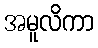
အမူလိကာ